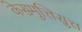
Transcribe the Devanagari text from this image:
केसमुत्तिसुत्त